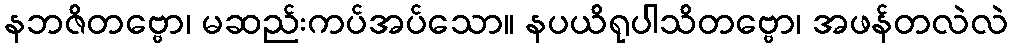
နဘဇိတဗ္ဗော၊ မဆည်းကပ်အပ်သော။ နပယိရုပါသိတဗ္ဗော၊ အဖန်တလဲလဲ